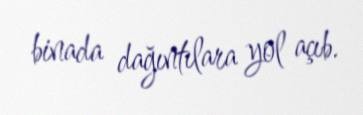
binada dağıntılara yol açıb.